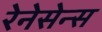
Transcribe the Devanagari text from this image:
रेनेसेन्स